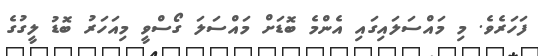
ފަހަރެވެ. މި މައްސަލައިގައި އެންމެ ބޮޑަށް މައްސަލަ ގޯސްވީ މިއަހަރު ބޮޑު ލީގުގެ